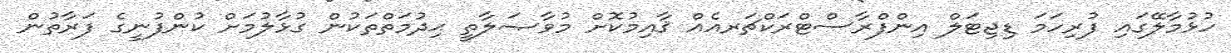
ހުޅުމާލޭގައި ފުރިހަމަ ޑިޖިޓަލް އިންފްރާސްޓްރަކްޗަރއެއް ޤާއިމުކޮށް މުވާޞަލާތީ ޙިދުމަތްތަކުން ގުޅާލުމަށް ކުންފުނީގެ ފަރާތުން